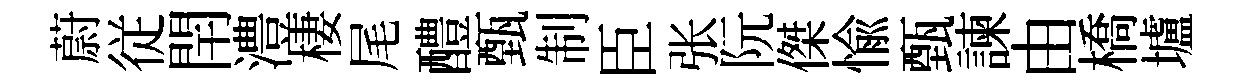
蔚従閈澧棲尾醴甄制臣张阮傑愉甄諫由橋壚